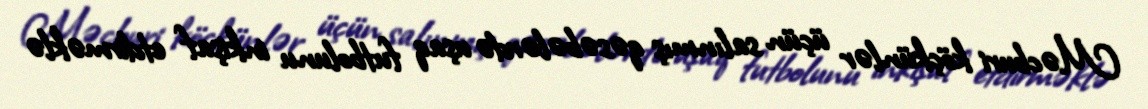
Məcburi köçkünlər üçün salınmış qəsəbələrdə uşaq futbolunu inkişaf etdirməklə